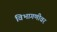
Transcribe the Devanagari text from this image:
विभागणीवर